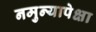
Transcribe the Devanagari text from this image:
नमुन्यापेक्षा